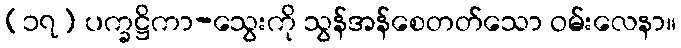
(၁၇) ပက္ခဋ္ဌိကာ-သွေးကို သွန်အန်စေတတ်သော ဝမ်းလေနာ။